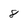
Character: 8